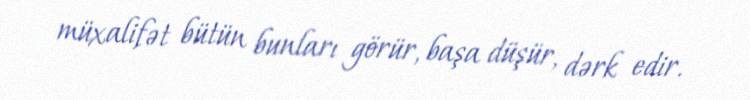
müxalifət bütün bunları görür, başa düşür, dərk edir.